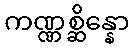
ကဏ္ဏစ္ဆိန္နော